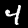
Digit: 4